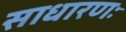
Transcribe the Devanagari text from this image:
साधारणः